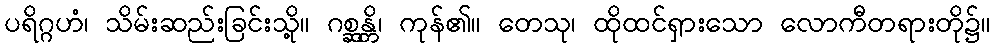
ပရိဂ္ဂဟံ၊ သိမ်းဆည်းခြင်းသို့။ ဂစ္ဆန္တိ၊ ကုန်၏။ တေသု၊ ထိုထင်ရှားသော လောကီတရားတို၌။